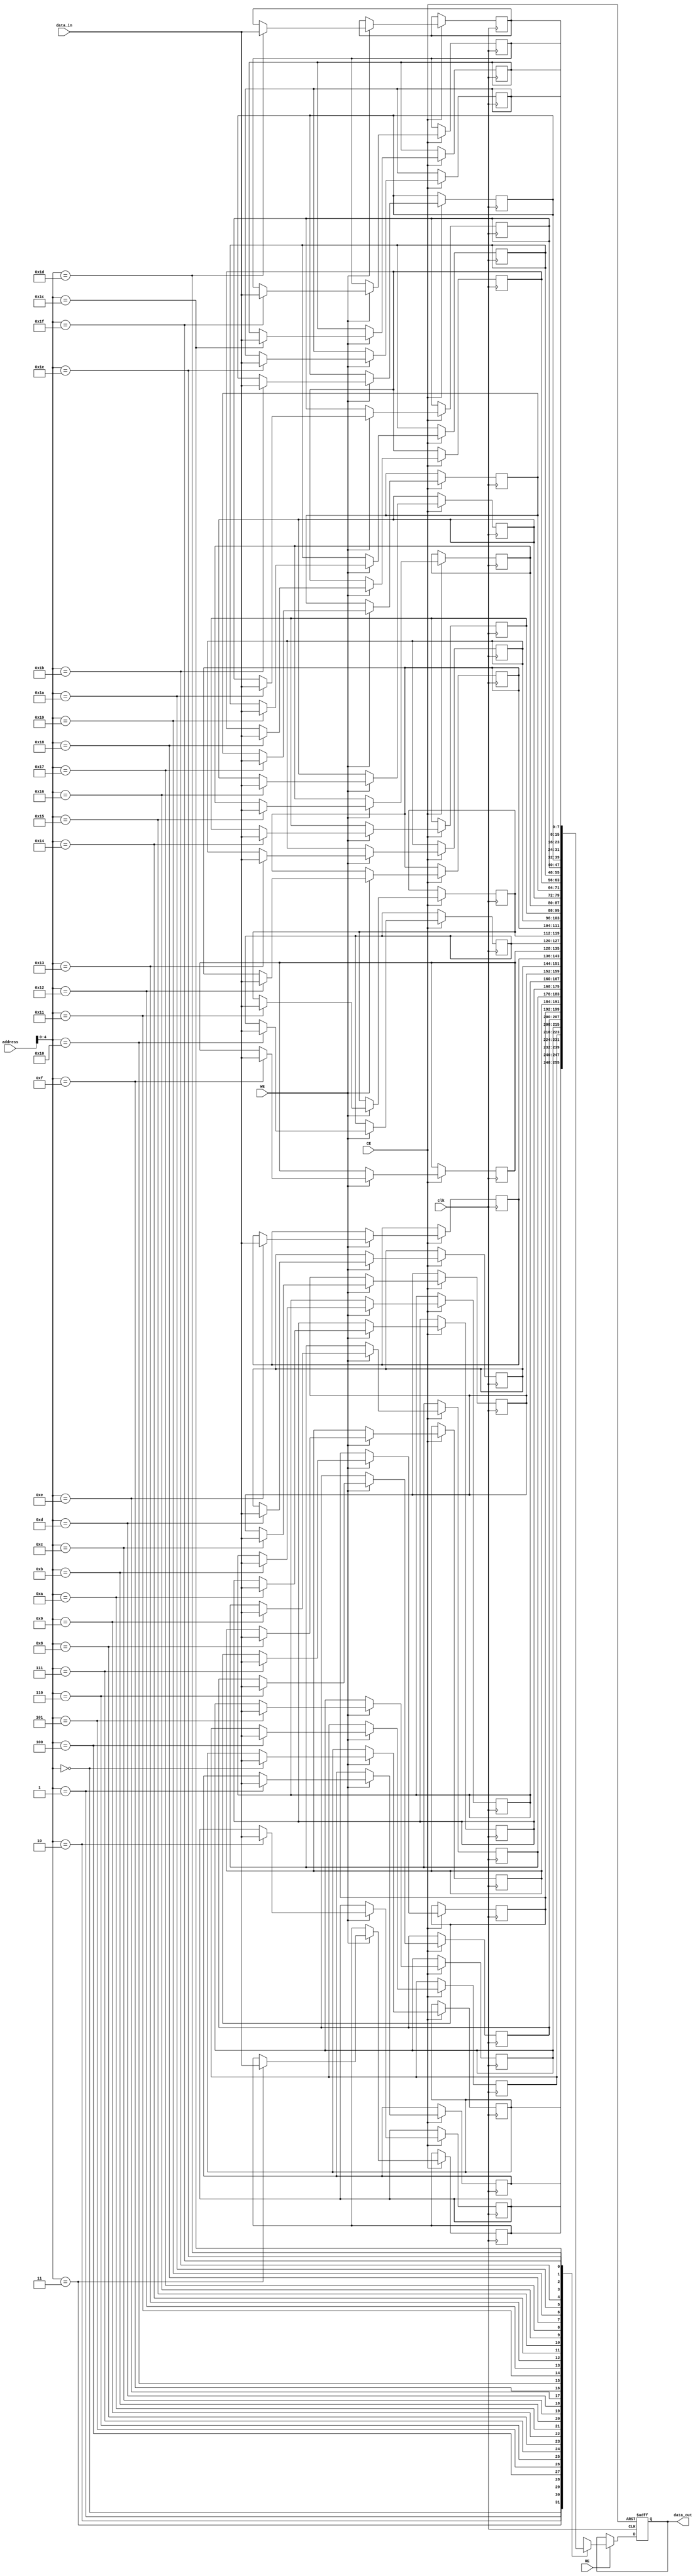
module io_cache_sram #(
    parameter WORD_SIZE = 8,  // Configurable word size (e.g., 8, 16, 32)
    parameter CACHE_SIZE = 256 // Configurable cache size (in bytes)
) (
    input wire                       clk,
    input wire                       WE,   // Write Enable
    input wire                       RE,   // Read Enable
    input wire                       CE,   // Chip Enable
    input wire [CACHE_SIZE-1:0]    address, // Address input
    input wire [WORD_SIZE-1:0]      data_in,  // Data input
    output reg [WORD_SIZE-1:0]      data_out  // Data output
);

    localparam NUM_WORDS = CACHE_SIZE / WORD_SIZE; // Number of words in cache
    reg [WORD_SIZE-1:0] memory [0:NUM_WORDS-1];    // Memory array

    // Asynchronous Read and Write Operations
    always @(posedge clk or negedge CE) begin
        if (!CE) begin
            // Chip Disable Behavior
            data_out <= 0;
        end else begin
            if (WE) begin
                // Write operation
                memory[address] <= data_in;
            end
            if (RE) begin
                // Read operation
                data_out <= memory[address];
            end
        end
    end

endmodule